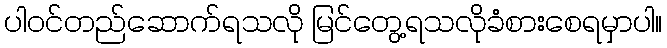
ပါဝင်တည်ဆောက်ရသလို မြင်တွေ့ရသလိုခံစားစေရမှာပါ။